Report of the Municipal Commissioner on the plague in Bombay for the year ending 31st May... - Volume 1
Disease focus: Plague
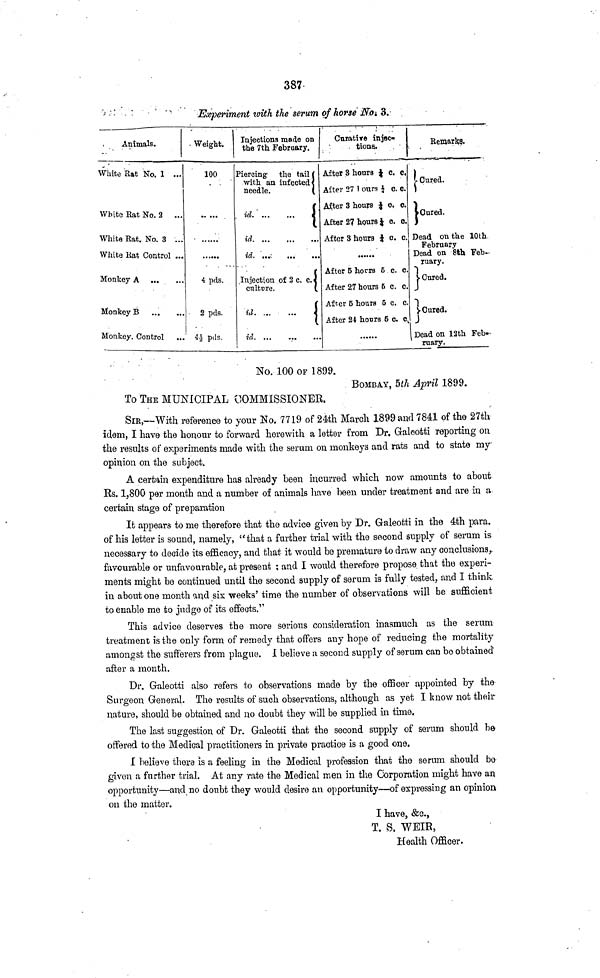
387
Experiment loith the serum of horse JWo t 3.
Animals.
White Eat No. 1 ...
White Eat No. 2 ...
White Bat. No. 3 ...
White Eat Control ...
Monkey A
Monkey B
Monkey. Control
Weight.
100
4 pds
2 pds.
4¿ pds.
Injections made on
the 7th February.
Piercing the tail
with an infected
needle.
id
id
id
Injection of 2 c. c.
culture.
id
id
Cnratire injeo
tiona.
After 3 honra J c, c,
After 27 1 ours } c. c.
After 3 hours J o. c.
After 2? hours J o. o.
After 3 hours } c. c.
After 5 horra 5 c. c.
After 27 hours 5 c. c.
After 5 hours 5 c. c.
After 24 houra 5 c. c
Remarks.
1 Cured.
i Cured.
Dead on the 10th-
February
Dead on 8th Feb-
ruary.
1 Cured.
V Cured.
J
1 Dead on 12th Feb-
ruary.
No. 100 OF 1899.
BOMBAY, 5 th April 1899.
To THE MUNICIPAL COMMISSIONER.
SIR,—With reference to your No. 7719 of 24th March 1899 and 7841 of the 27th
idem, I have the honour to forward herewith a letter from Dr. Galootti reporting on
the results of experiments made with the serum on monkeys and rats and to state my
opinion on the subject.
A certain expenditure has already been incurred which now amounts to about
Rs. 1,800 per month and a number of animals have been under treatment and are in a
certain stage of preparation
It appears to me therefore that the advice given by Dr. Galeotti in the 4th para,
of his letter is sound, namely, "that a further trial with the second supply of serum is
necessary to decide its efficacy, and that it would be premature to draw any conclusions,
favourable or unfavourable, at present ; and I would therefore propose that the experi-
ments might be continued until the second supply of serum is fully tested, and I think
in about one month and six weeks' time the number of observations will be sufficient
to enable me fco judge of its effects."
This advice deserves the more serious consideration inasmuch as the serum
treatment is the only form of remedy that offers any hope of reducing the mortality
amongst the sufferers from plague, I believe a second supply of serum can be obtained
after a month.
Dr. Galeotti also refers to observations made by the officer appointed by the
Surgeon General. The results of such observations, although as yet I know not their
nature, should be obtained and no doubt they will be supplied in time.
The last suggestion of Dr. Galeotti that the second supply of serum should be
offered to the Medical practitioners in private practice is a good one.
I believe there is a feeling in the Medical profession that the serum should bo
given a further trial. At any rate the Medical men in the Corporation might have an
opportunity—and no doubt they would desire an opportunity—of expressing an opinion
on the matter.
I have, &c.,
T. S. WEIR,
Health Officer.